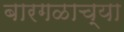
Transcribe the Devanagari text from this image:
बारगळाच्या